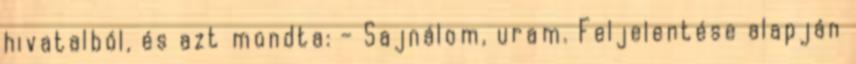
hivatalból, és azt mondta: – Sajnálom, uram. Feljelentése alapján